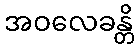
အဝလေခန္တိ